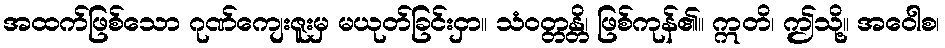
အထက်ဖြစ်သော ဂုဏ်ကျေးဇူးမှ မယုတ်ခြင်းငှာ။ သံဝတ္တန္တိ၊ ဖြစ်ကုန်၏။ ဣတိ၊ ဤသို့။ အဝေါစ၊